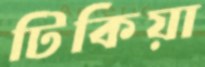
টিকিয়া